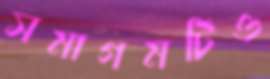
সমাগমটিও